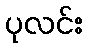
ပုလင်း